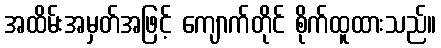
အထိမ်းအမှတ်အဖြင့် ကျောက်တိုင် စိုက်ထူထားသည်။